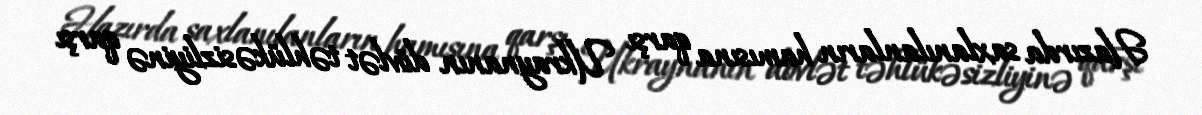
Hazırda saxlanılanların hamısına qarşı Ukraynanın dövlət təhlükəsizliyinə qarşı